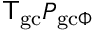
{ \sf T } _ { \mathrm { g c } } P _ { \mathrm { g c } \Phi }